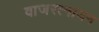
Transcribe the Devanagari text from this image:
वाजरत्नायन